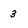
Character: 3